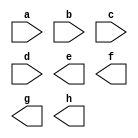
module test(a,b,c,d,e,f,g,h);
input [7:0] a;  // no explicit declaration - net is unsigned
input [7:0] b;
input signed [7:0] c;
input signed [7:0] d;  // no explicit net declaration - net is signed
output [7:0] e;  // no explicit declaration - net is unsigned
output [7:0] f;
output signed [7:0] g;
output signed [7:0] h;  // no explicit net declaration - net is signed
wire signed [7:0] b;// port b inherits signed attribute from net decl.
wire [7:0] c; // net  c inherits signed attribute from port
reg signed [7:0] f;// port f inherits signed attribute from reg decl.
reg [7:0] g; // reg  g inherits signed attribute from port
endmodule